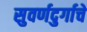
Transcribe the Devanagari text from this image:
सुवर्णदुर्गाचे